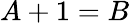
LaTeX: A+1=B